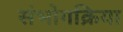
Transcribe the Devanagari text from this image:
संभोगक्रिया